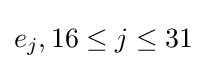
e_{j},16\leq j\leq 31